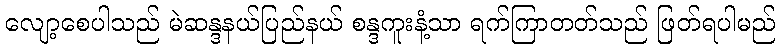
လျော့စေပါသည် မဲဆန္ဒနယ်ပြည်နယ် စန္ဒကူးနံ့သာ ရက်ကြာတတ်သည် ဖြတ်ရပါမည်